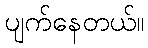
ပျက်နေတယ်။